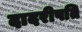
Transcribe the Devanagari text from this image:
दादरीपति